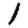
Digit: 1